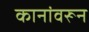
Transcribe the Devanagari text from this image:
कानांवरून